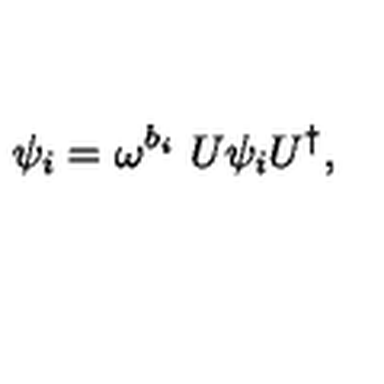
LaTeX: \psi _ { i } = \omega ^ { b _ { i } } \ U \psi _ { i } U ^ { \dagger } ,